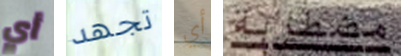
أي تجهد أي مضطربة